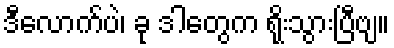
ဒီလောက်ပဲ၊ ခု ဒါတွေက ရိုးသွားပြီဗျ။